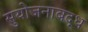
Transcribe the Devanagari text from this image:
सुयोजनाबद्ध